Annual vaccination report of Bihar and Orissa - 1911-1928
Year: 1911
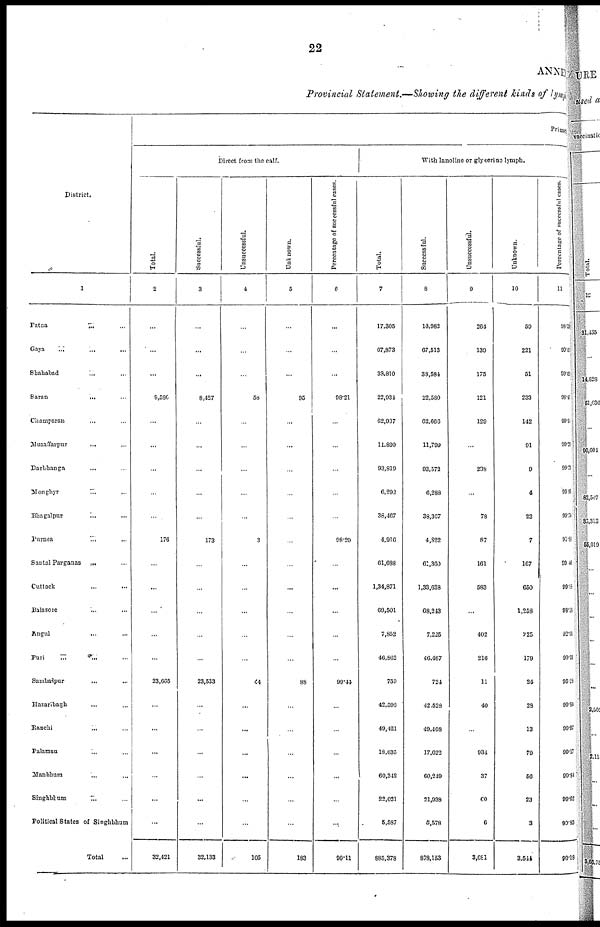
22
ANNEX
Provincial Statement.—Showing the different kinds of lymph
District.
1
Patna
...
...
Gaya ... ... ...
Shahabad ... ...
Saran
...
...
Champaran ... ...
Muzaffarpur ... ...
Darbhanga ... ...
Monghyr
...
...
Bhagalpur
...
...
Purnea
...
...
Santal Parganas ... ...
Cuttack
... ...
Balasore ... ...
Angul
...
...
Pari
...
...
Sambalpur ... ...
Hazaribagh
... ...
Ranchi
...
...
Palamau ... ...
Manbhum
...
...
Singhbhum
... ...
Political States of Singhbhum
Total
Primary
Direct from the calf.
Total.
2
...
...
...
8,586
...
...
...
...
...
176
...
...
...
...
...
23,665
...
...
...
...
...
...
32,421
Successful.
3
...
...
...
8,427
...
...
...
...
...
173
...
......
...
...
...
23,533
...
...
...
...
...
...
32,133
Unsuccessful.
4
...
...
...
53
...
...
...
...
...
3
...
...
...
...
...
44
...
...
...
...
...
...
105
Unknown.
5
...
...
...
95
...
...
...
...
...
...
...
...
...
...
...
88
...
...
...
...
...
...
183
Percentage of successful cases.
6
...
...
...
98.21
...
...
...
...
...
98.29
...
...
...
...
...
99.44
...
...
...
...
...
...
99.11
With lanoline or glycerins lymph.
Total.
7
17,305
67,873
38,810
22,934
62,037
11,890
93,810
6,202
38,467
4,916
61,688
1,34,871
60,501
7,852
46,862
759
42,596
49,421
18,635
60,342
22,021
5,587
885,378
Successful.
8
16,982
67,513
38,584
22,580
62,666
11,799
93,572
6,288
38,367
4,822
61,360
1,33,638
68,243
7,225
46,467
724
42,528
49,408
17,622
60,249
21,938
5,578
878,153
Unsuccessful.
9
264
139
175
121
129
...
238
...
78
87
161
583
...
402
216
11
40
...
934
37
60
6
3,081
Unknown.
10
59
221
51
233
142
91
9
4
22
7
167
650
1,258
225
179
24
28
13
79
56
23
3
3,541
Percentage of successful cases.
11
98.13
99.8
99.42
98.45
99.55
99.23
99.73
99.23
99.74
91.98
99.44
99.65
90.18
92.01
99.15
95.28
99.81
99.97
99.17
99.84
99.62
99.83
99.18